NAE_ERA_R-2324_Eesti_Vabariigi_Pohiseaduslik_Assamblee, lk 143
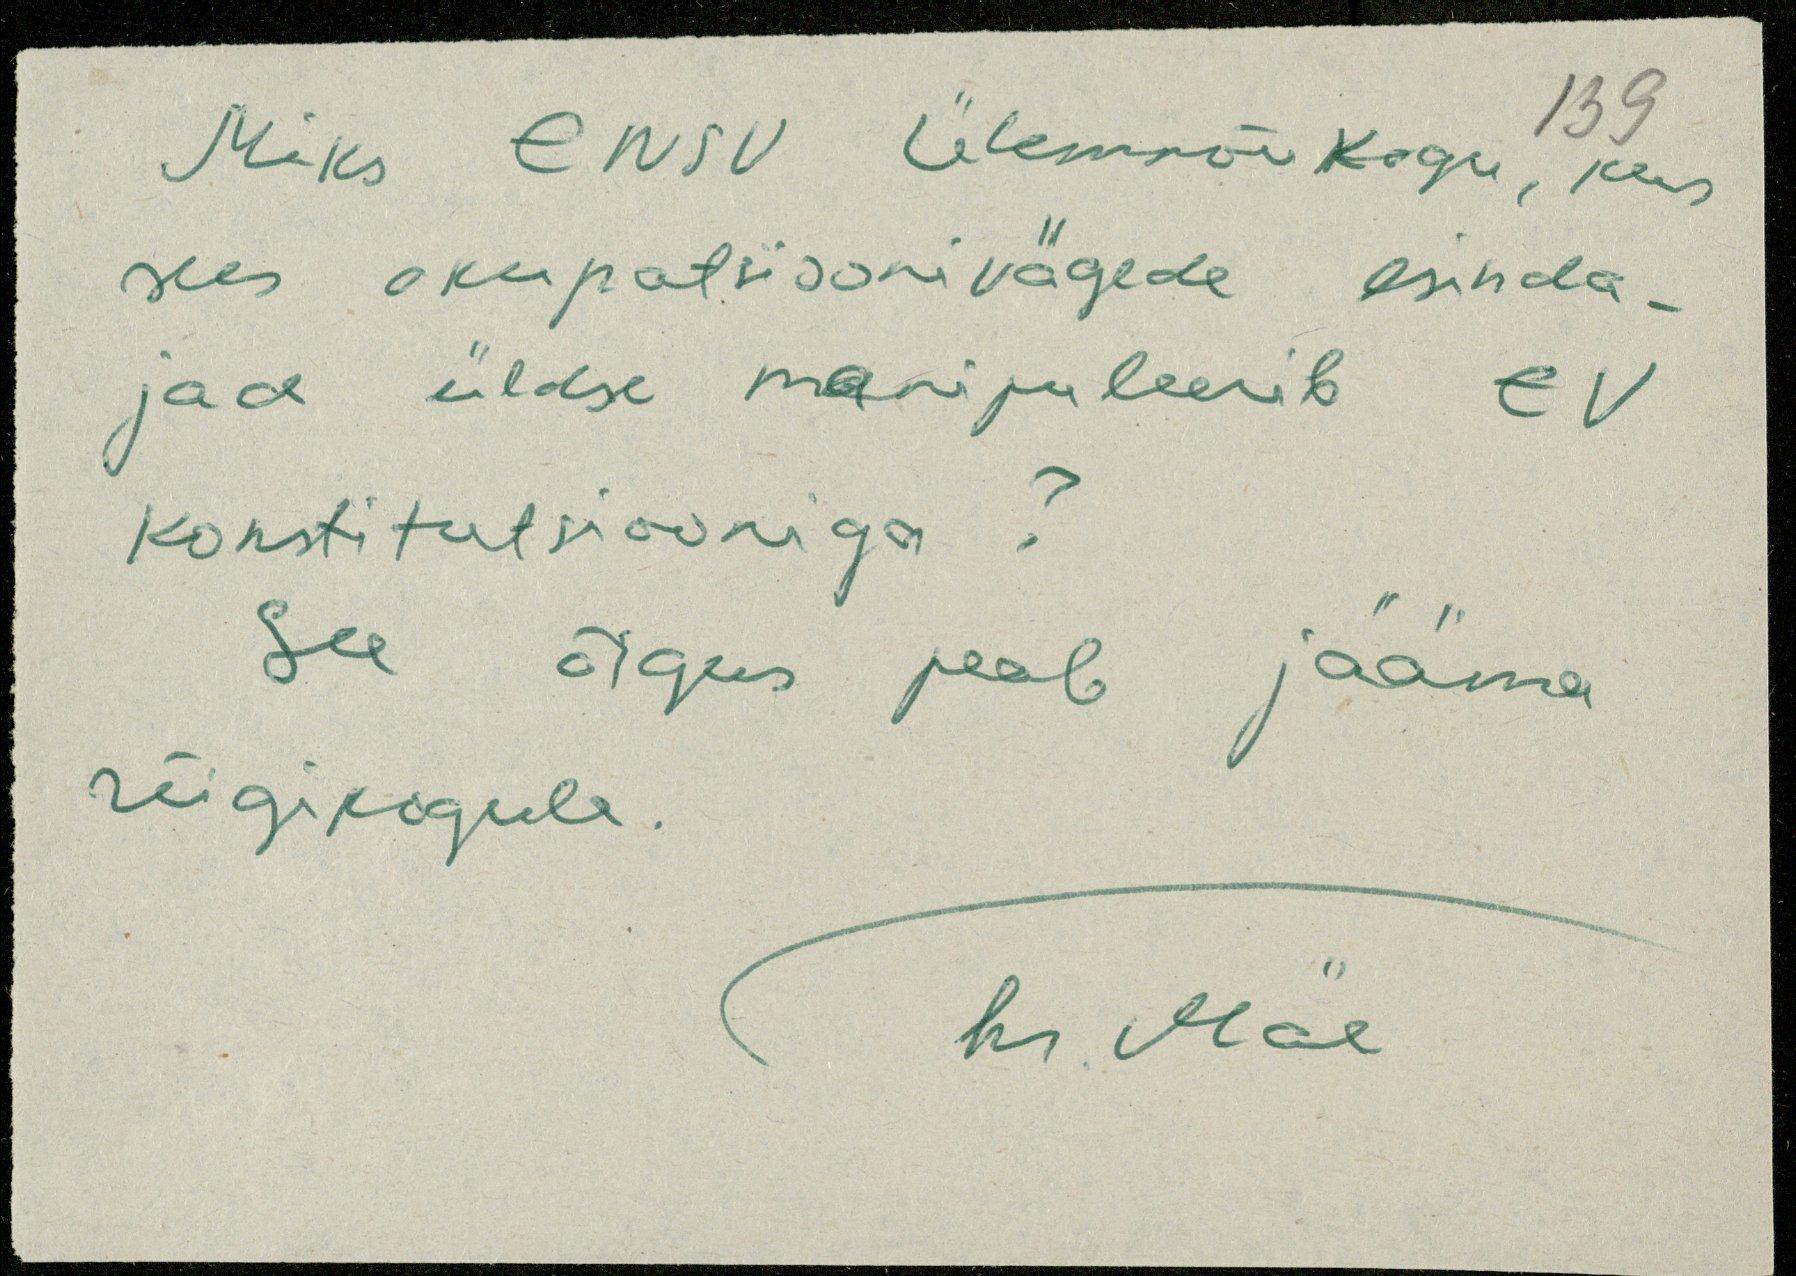
Miks ENSV ülemnõukogu, kus
sees okupatsioonivägede esinda-
jad üldse manipuleerib EV
konstitutsiooniga?
See õigus peab jääma
riigikogule.
hr. Mäe